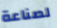
لصناعة